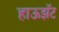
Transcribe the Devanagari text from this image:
हाऊझॅट